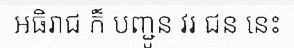
អធិរាជ ក៏ បញ្ជូន វរ ជន នេះ